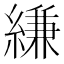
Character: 縑